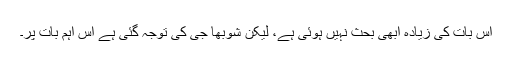
اس بات کی زیادہ ابھی بحث نہیں ہوئی ہے، لیکن شوبھا جی کی توجہ گئی ہے اس اہم بات پر۔